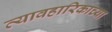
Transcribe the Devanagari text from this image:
व्यावहारिकाच्या